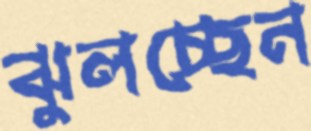
ঝুলচ্ছেন